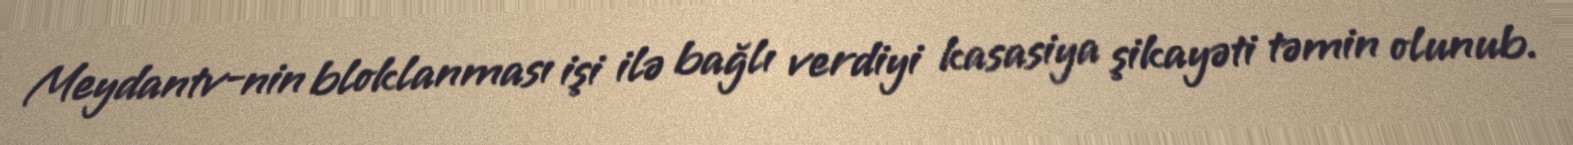
Meydantv-nin bloklanması işi ilə bağlı verdiyi kasasiya şikayəti təmin olunub.